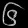
Digit: ၆